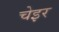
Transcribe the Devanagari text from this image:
चेइर